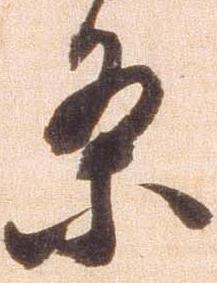
条